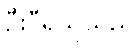
ဦးဝီရသူသည်